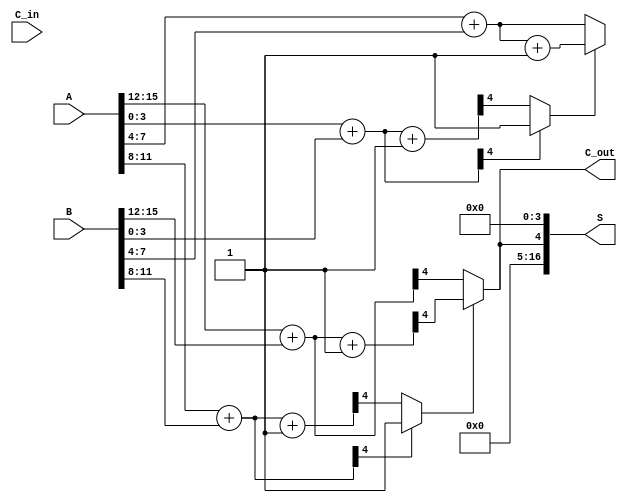
module carry_select_adder #(parameter N = 16, // Total number of bits
                            parameter K = 4   // Number of bits per segment
                           )
                           (input [N-1:0] A, // First operand
                            input [N-1:0] B, // Second operand
                            input C_in,      // Carry-in
                            output [N:0] S,  // Sum output (N+1 bits)
                            output C_out      // Carry-out
                           );

    localparam NUM_SEGMENTS = N / K; // Number of segments

    wire [K-1:0] S0 [0:NUM_SEGMENTS-1]; // Sum for C_in = 0
    wire [K-1:0] S1 [0:NUM_SEGMENTS-1]; // Sum for C_in = 1
    wire C0 [0:NUM_SEGMENTS-1];         // Carry for C_in = 0
    wire C1 [0:NUM_SEGMENTS-1];         // Carry for C_in = 1
    wire C_prev [0:NUM_SEGMENTS-1];     // Previous carry outputs

    // Generate sums and carries for each segment
    genvar i;
    generate
        for (i = 0; i < NUM_SEGMENTS; i = i + 1) begin : segment
            wire [K-1:0] A_segment = A[K*i +: K];
            wire [K-1:0] B_segment = B[K*i +: K];

            // Compute sums and carries for C_in = 0
            assign {C0[i], S0[i]} = A_segment + B_segment;

            // Compute sums and carries for C_in = 1
            assign {C1[i], S1[i]} = A_segment + B_segment + 1'b1;

            // Select the appropriate carry based on C_prev
            if (i == 0) begin
                assign C_prev[i] = C_in;
            end else begin
                assign C_prev[i] = C0[i-1] ? 1'b1 : C1[i-1];
            end
        end
    endgenerate

    // Final selection of sums and carry-out
    generate
        for (i = 0; i < NUM_SEGMENTS; i = i + 1) begin : final_selection
            assign S[K*i +: K] = C_prev[i] ? S1[i] : S0[i];
        end
    endgenerate

    // Final carry-out
    assign C_out = C_prev[NUM_SEGMENTS-1] ? C1[NUM_SEGMENTS-1] : C0[NUM_SEGMENTS-1];

    // Concatenate the sum outputs
    assign S = {C_out, S[K*(NUM_SEGMENTS-1) +: K]};

endmodule